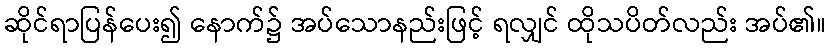
ဆိုင်ရာပြန်ပေး၍ နောက်၌ အပ်သောနည်းဖြင့် ရလျှင် ထိုသပိတ်လည်း အပ်၏။